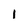
Character: 1